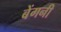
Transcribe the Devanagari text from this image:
बेंगनी